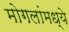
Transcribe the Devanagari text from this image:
मोगलांमध्ये